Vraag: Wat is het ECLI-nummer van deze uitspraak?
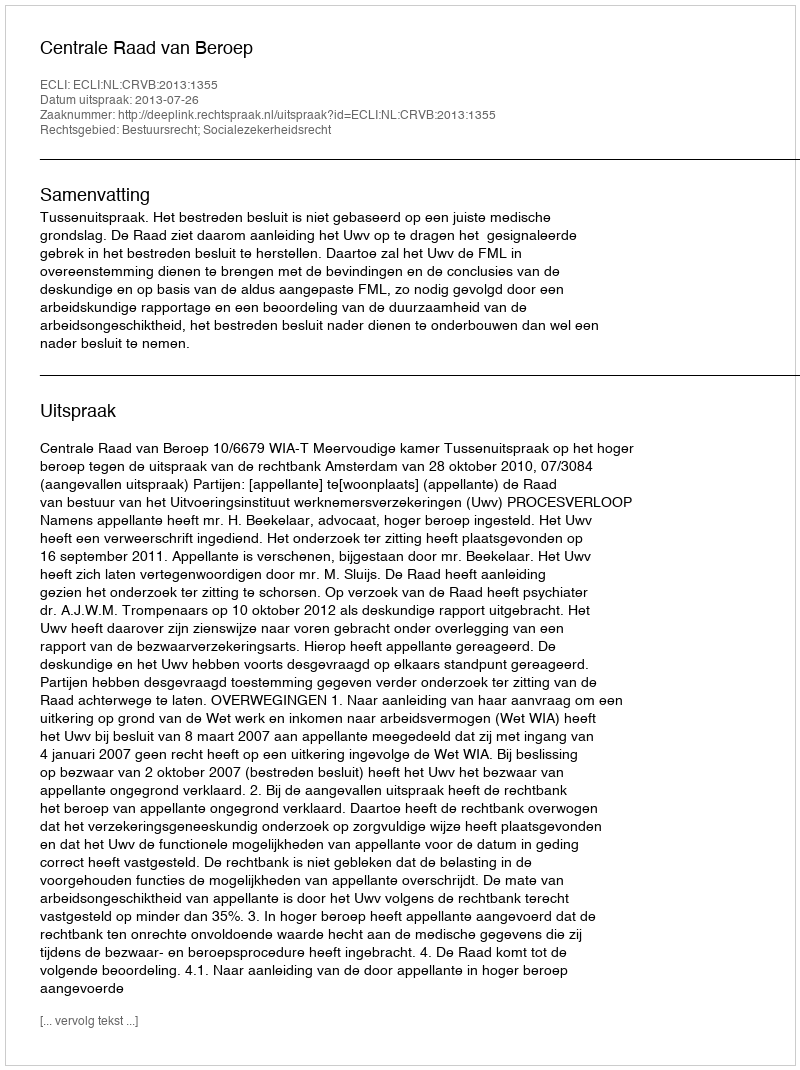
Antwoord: ECLI:NL:CRVB:2013:1355